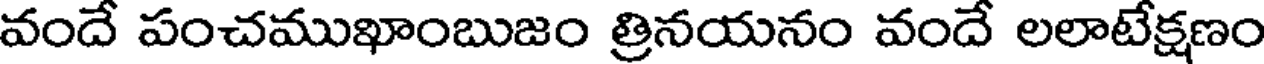
వందే పంచముఖాంబుజం త్రినయనం వందే లలాటేక్షణం